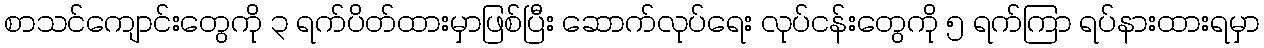
စာသင်ကျောင်းတွေကို ၃ ရက်ပိတ်ထားမှာဖြစ်ပြီး ဆောက်လုပ်ရေး လုပ်ငန်းတွေကို ၅ ရက်ကြာ ရပ်နားထားရမှာ